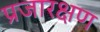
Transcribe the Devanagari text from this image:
प्रजारक्षण